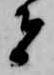
者